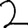
Digit: 2